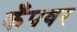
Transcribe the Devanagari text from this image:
कँपवर